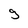
Character: g